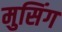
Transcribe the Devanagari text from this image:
मुसिंग